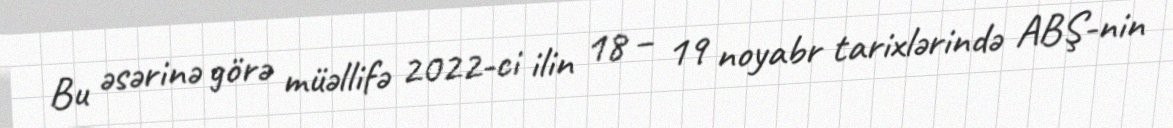
Bu əsərinə görə müəllifə 2022-ci ilin 18 – 19 noyabr tarixlərində ABŞ-nin